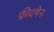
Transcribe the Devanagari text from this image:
फ्रीदमेन